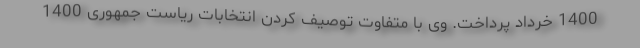
1400 خرداد پرداخت. وی با متفاوت توصیف کردن انتخابات ریاست جمهوری 1400